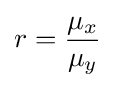
r={\frac {\mu _{x}}{\mu _{y}}}